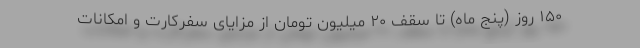
۱۵۰ روز (پنج ماه) تا سقف ۲۰ میلیون تومان از مزایایِ سفرکارت و امکانات